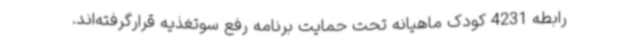
رابطه 4231 کودک ماهیانه تحت حمایت برنامه رفع سوتغذیه قرارگرفته‌اند.